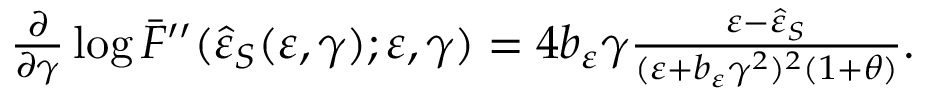
\begin{array} { r } { \frac { \partial } { \partial \gamma } \log { \bar { F } ^ { \prime \prime } ( \hat { \varepsilon } _ { S } ( \varepsilon , \gamma ) ; \varepsilon , \gamma ) } = 4 b _ { \varepsilon } \gamma \frac { \varepsilon - \hat { \varepsilon } _ { S } } { ( \varepsilon + b _ { \varepsilon } \gamma ^ { 2 } ) ^ { 2 } ( 1 + \theta ) } . } \end{array}